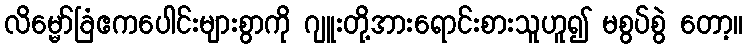
လိမ္မော်ခြံဧကပေါင်းများစွာကို ဂျူးတို့အားရောင်းစားသူဟူ၍ မစွပ်စွဲ တော့။